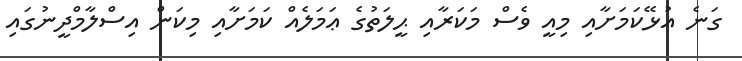
ގަނެ އުޅޭކަމަށާއި މިއީ ވެސް މަކަރާއި ޙީލަތުގެ ޢަމަލެއް ކަމަށާއި މިކަން އިސްލާމްދީނުގައި